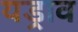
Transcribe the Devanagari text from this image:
यड्राव